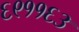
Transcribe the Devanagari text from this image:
६९११६३